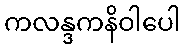
ကလန္ဒကနိဝါပေါ